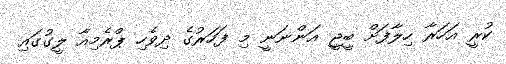
ކުރީ އަހަރާ ހިލާފަށް ބީޖީ އަންނަނީ މި ފަހަރުގެ ދިވެހި ޕްރެމިއާ ލީގުގައި